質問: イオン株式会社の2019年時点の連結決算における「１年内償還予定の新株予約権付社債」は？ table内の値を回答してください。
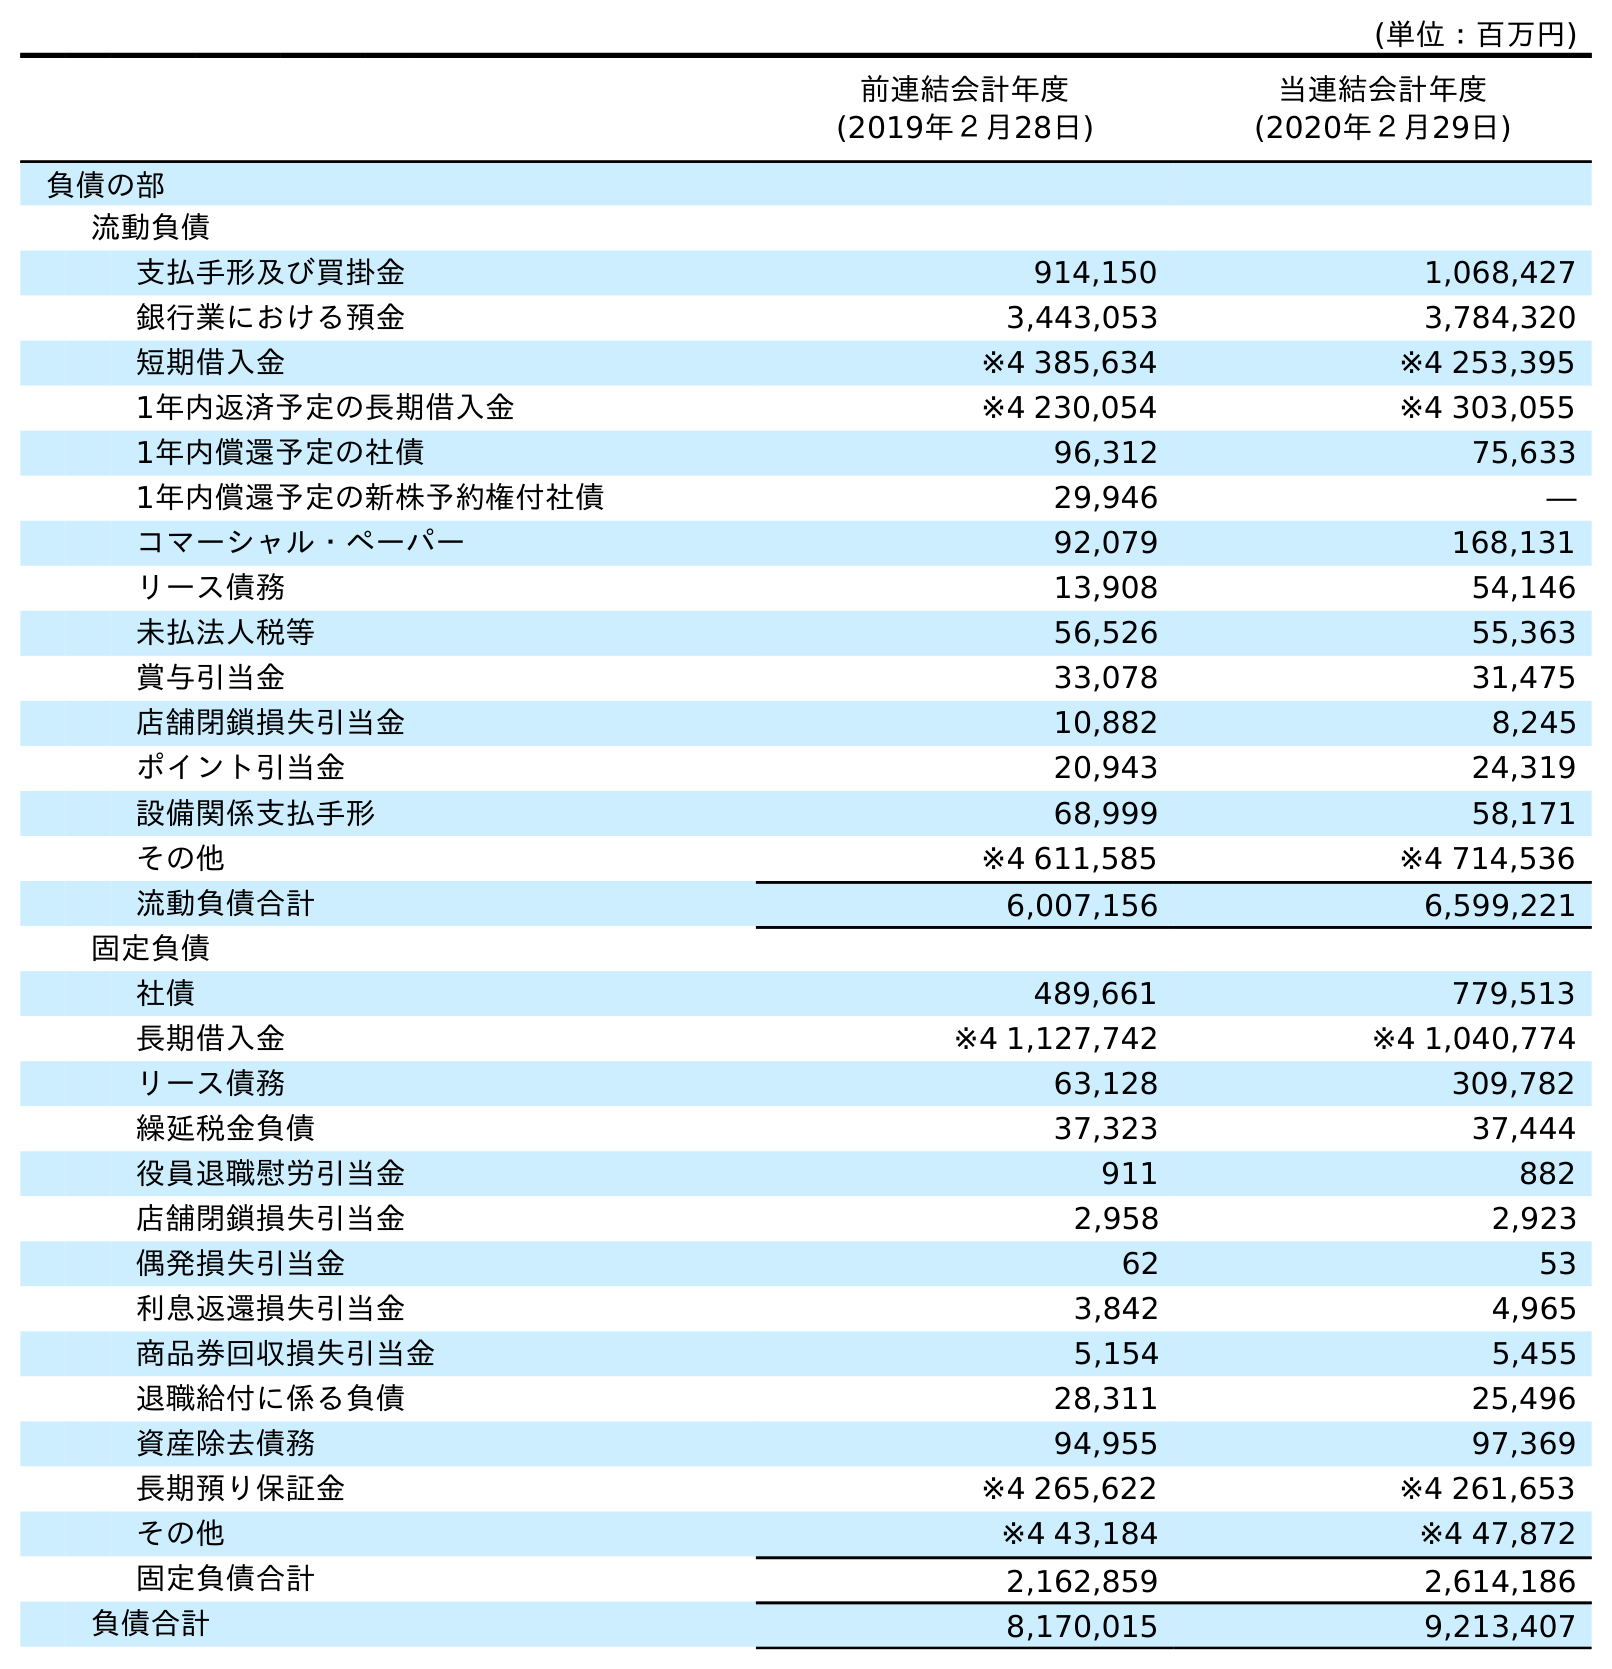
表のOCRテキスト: (単位：百万円) 前連結会計年度 (2019年２月28日) 当連結会計年度 (2020年２月29日) 負債の部 流動負債 支払手形及び買掛金 914,150 1,068,427 銀行業における預金 3,443,053 3,784,320 短期借入金 ※4 385,634 ※4 253,395 1年内返済予定の長期借入金 ※4 230,054 ※4 303,055 1年内償還予定の社債 96,312 75,633 1年内償還予定の新株予約権付社債 29,946 ― コマーシャル・ペーパー 92,079 168,131 リース債務 13,908 54,146 未払法人税等 56,526 55,363 賞与引当金 33,078 31,475 店舗閉鎖損失引当金 10,882 8,245 ポイント引当金 20,943 24,319 設備関係支払手形 68,999 58,171 その他 ※4 611,585 ※4 714,536 流動負債合計 6,007,156 6,599,221 固定負債 社債 489,661 779,513 長期借入金 ※4 1,127,742 ※4 1,040,774 リース債務 63,128 309,782 繰延税金負債 37,323 37,444 役員退職慰労引当金 911 882 店舗閉鎖損失引当金 2,958 2,923 偶発損失引当金 62 53 利息返還損失引当金 3,842 4,965 商品券回収損失引当金 5,154 5,455 退職給付に係る負債 28,311 25,496 資産除去債務 94,955 97,369 長期預り保証金 ※4 265,622 ※4 261,653 その他 ※4 43,184 ※4 47,872 固定負債合計 2,162,859 2,614,186 負債合計 8,170,015 9,213,407
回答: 29,946